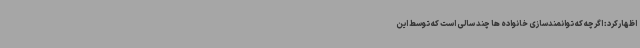
اظهارکرد: اگرچه که توانمندسازی خانواده ها چند سالی است که توسط این